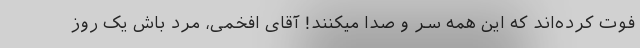
فوت کرده‌اند که این همه سر و صدا میکنند! آقای افخمی، مرد باش یک روز